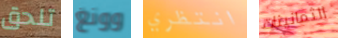
تلحق وونغ انتظري الثمانينات